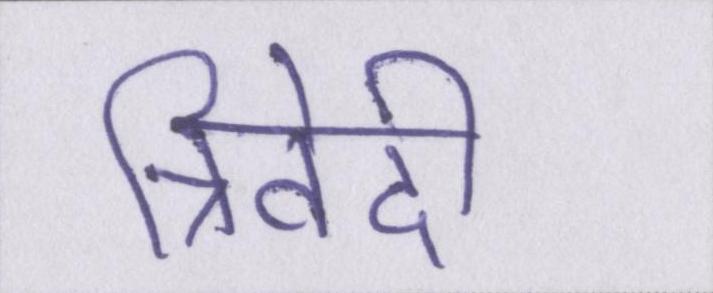
त्रिवेदी